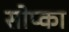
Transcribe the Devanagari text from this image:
सोप्का